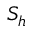
S _ { h }